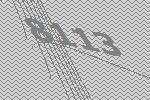
8113